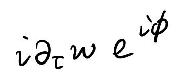
$i \partial_{\tau} w e^{i \phi}$